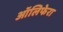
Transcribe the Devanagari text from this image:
ऑलिफेरा